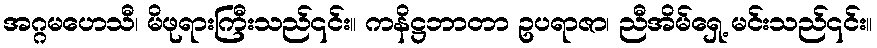
အဂ္ဂမဟေသီ၊ မိဖုရားကြီးသည်၎င်း။ ကနိဋ္ဌဘာတာ ဥပရာဇာ၊ ညီအိမ်ရှေ့ မင်းသည်၎င်း။